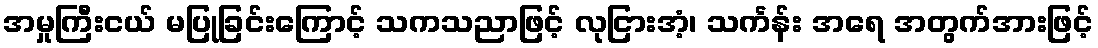
အမှုကြီးငယ် မပြုခြင်းကြောင့် သကသညာဖြင့် လုငြားအံ့၊ သင်္ကန်း အရေ အတွက်အားဖြင့်